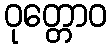
ဝုတ္တောဝ